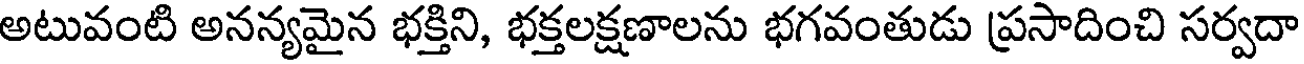
అటువంటి అనన్యమైన భక్తిని, భక్తలక్షణాలను భగవంతుడు ప్రసాదించి సర్వదా